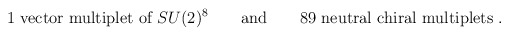
\begin{align*}\mbox{1 vector multiplet of }SU(2)^8 \qquad \mbox{and} \qquad\mbox{89 neutral chiral multiplets .}\end{align*}